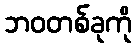
ဘဝတစ်ခုကို